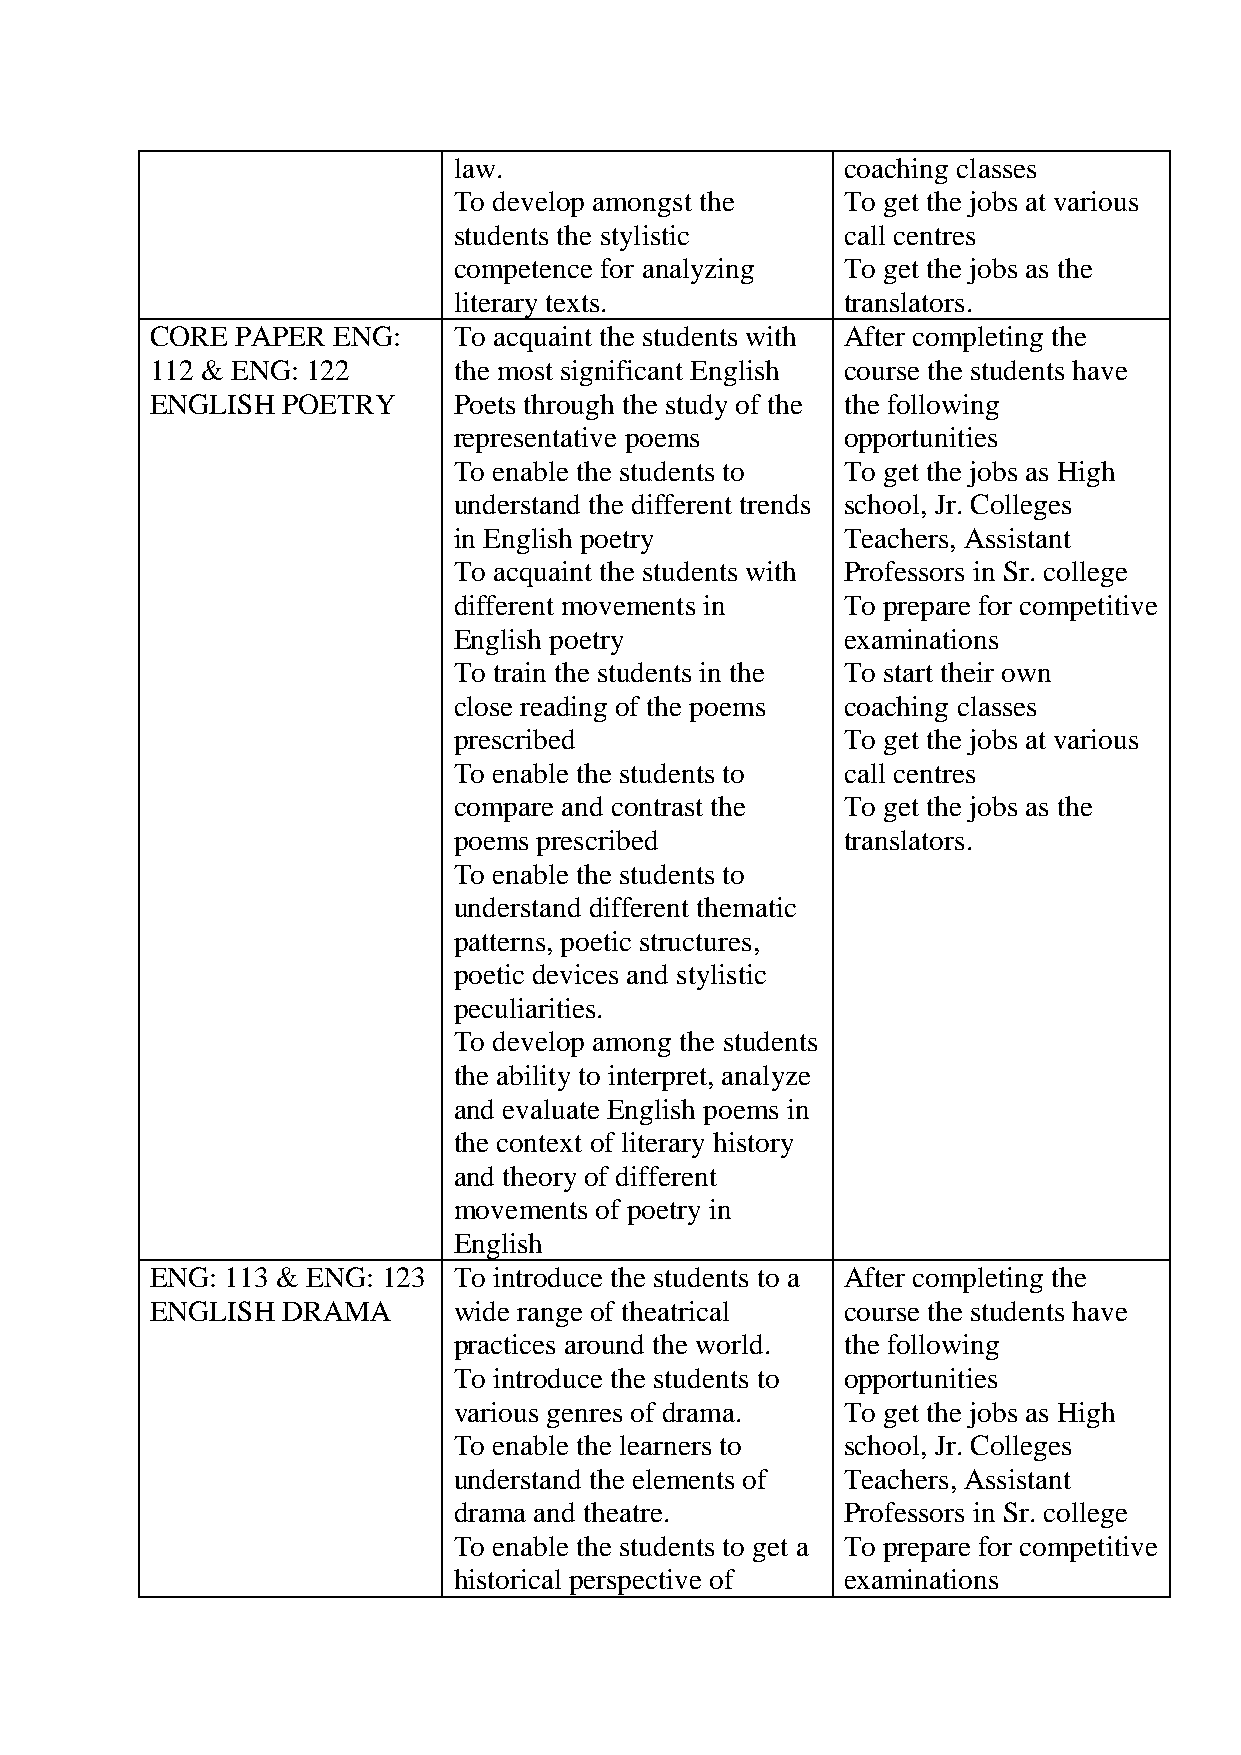
law.                      coaching classes
 To develop amongst the    To get the jobs at various
 students the stylistic    call centres
 competence for analyzing  To get the jobs as the
 literary texts.           translators.
 CORE  PAPER ENG:    To acquaint the students with After completing the
 112 & ENG: 122      the most significant English course the students have
 ENGLISH  POETRY     Poets through the study of the the following
 representative poems      opportunities
 To enable the students to To get the jobs as High
 understand the different trends school, Jr. Colleges
 in English poetry         Teachers, Assistant
 To acquaint the students with Professors in Sr. college
 different movements in    To prepare for competitive
 English poetry            examinations
 To train the students in the To start their own
 close reading of the poems coaching classes
 prescribed                To get the jobs at various
 To enable the students to call centres
 compare and contrast the  To get the jobs as the
 poems prescribed          translators.
 To enable the students to
 understand different thematic
 patterns, poetic structures,
 poetic devices and stylistic
 peculiarities.
 To develop among the students
 the ability to interpret, analyze
 and evaluate English poems in
 the context of literary history
 and theory of different
 movements of poetry in
 English
 ENG: 113 & ENG: 123 To introduce the students to a After completing the
 ENGLISH  DRAMA      wide range of theatrical  course the students have
 practices around the world. the following
 To introduce the students to opportunities
 various genres of drama.  To get the jobs as High
 To enable the learners to school, Jr. Colleges
 understand the elements of Teachers, Assistant
 drama and theatre.        Professors in Sr. college
 To enable the students to get a To prepare for competitive
 historical perspective of examinations